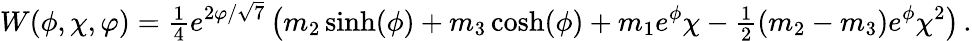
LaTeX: W(\phi,\chi,\varphi)={\textstyle{\frac{1}{4}}}e^{2\varphi/\sqrt{7}}\left(m_{2}\sinh(\phi)+m_{3}\cosh(\phi)+m_{1}e^{\phi}\chi-{\textstyle{\frac{1}{2}}}(m_{2}-m_{3})e^{\phi}\chi^{2}\right)\, .